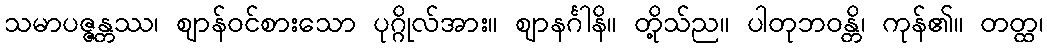
သမာပဇ္ဇန္တဿ၊ ဈာန်ဝင်စားသော ပုဂ္ဂိုလ်အား။ ဈာနင်္ဂါနိ။ တို့သ်ည။ ပါတုဘဝန္တိ၊ ကုန်၏။ တတ္ထ၊